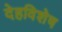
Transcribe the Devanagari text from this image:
देहविशेष